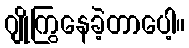
ဂျိုကြွနေခဲ့တာပေါ့။